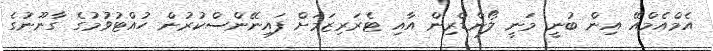
އެމްއެމްއޭ އިން ބުނީ މަނީ ލޯންޑްރިން އާއި ޓެރަރިޒަމަށް ފައިނޭންސްކުރުން ހުއްޓުވުމުގެ ގާނޫނުގެ